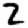
Digit: 2